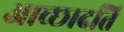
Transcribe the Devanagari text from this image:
आच्‍छादति